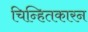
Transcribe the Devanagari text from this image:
चिन्हितकारन